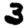
Digit: 3